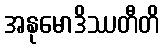
အနုမောဒိဿတီတိ